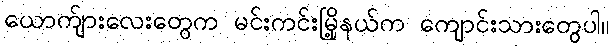
ယောက်ျားလေးတွေက မင်းကင်းမြို့နယ်က ကျောင်းသားတွေပါ။